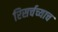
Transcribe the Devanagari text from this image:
रिसर्चच्याच